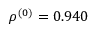
\rho ^ { ( 0 ) } = 0 . 9 4 0